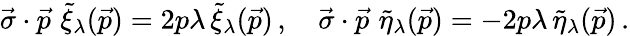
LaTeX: \vec{\sigma}\cdot\vec{p}\, \, \tilde{\xi}_{\lambda}(\vec{p})=2p\lambda\, \tilde{\xi}_{\lambda}(\vec{p})\, ,\quad\vec{\sigma}\cdot\vec{p}\, \, \tilde{\eta}_{\lambda}(\vec{p})=-2p\lambda\, \tilde{\eta}_{\lambda}(\vec{p})\, .